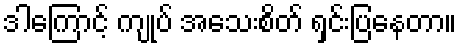
ဒါကြောင့် ကျုပ် အသေးစိတ် ရှင်းပြနေတာ။